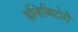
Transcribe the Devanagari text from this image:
इन्हिबिटोरी